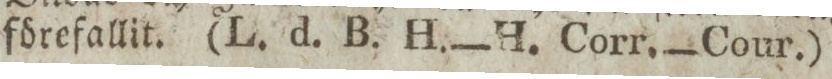
förefallit. (L. d. B. H.—H. Corr.—Cour.)